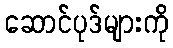
ဆောင်ပုဒ်များကို